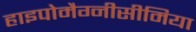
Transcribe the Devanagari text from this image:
हाइपोमैग्नीसीमिया